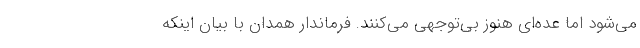
می‌شود اما عده‌ای هنوز بی‌توجهی می‌کنند. فرماندار همدان با بیان اینکه